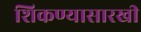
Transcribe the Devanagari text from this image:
शिकण्यासारखी